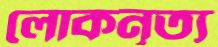
লোকনৃত্য